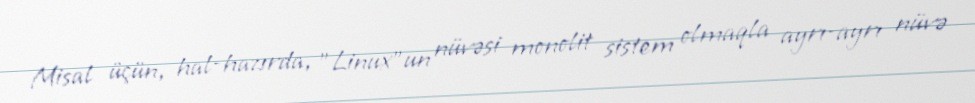
Misal üçün, hal-hazırda, "Linux"un nüvəsi monolit sistem olmaqla ayrı-ayrı nüvə